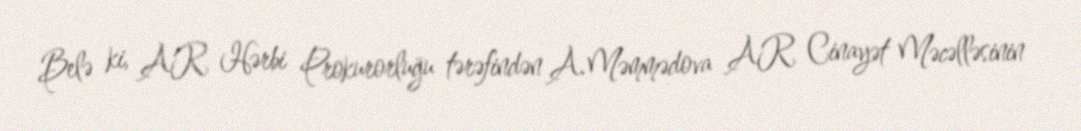
Belə ki, AR Hərbi Prokurorluğu tərəfindən A.Məmmədova AR Cinayət Məcəlləsinin